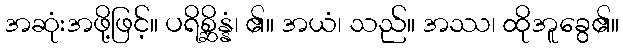
အဆုံးအဖို့ဖြင့်။ ပရိစ္ဆိန္နံ၊ ၏။ အယံ၊ သည်။ အဿ၊ ထိုအူခွေ၏။